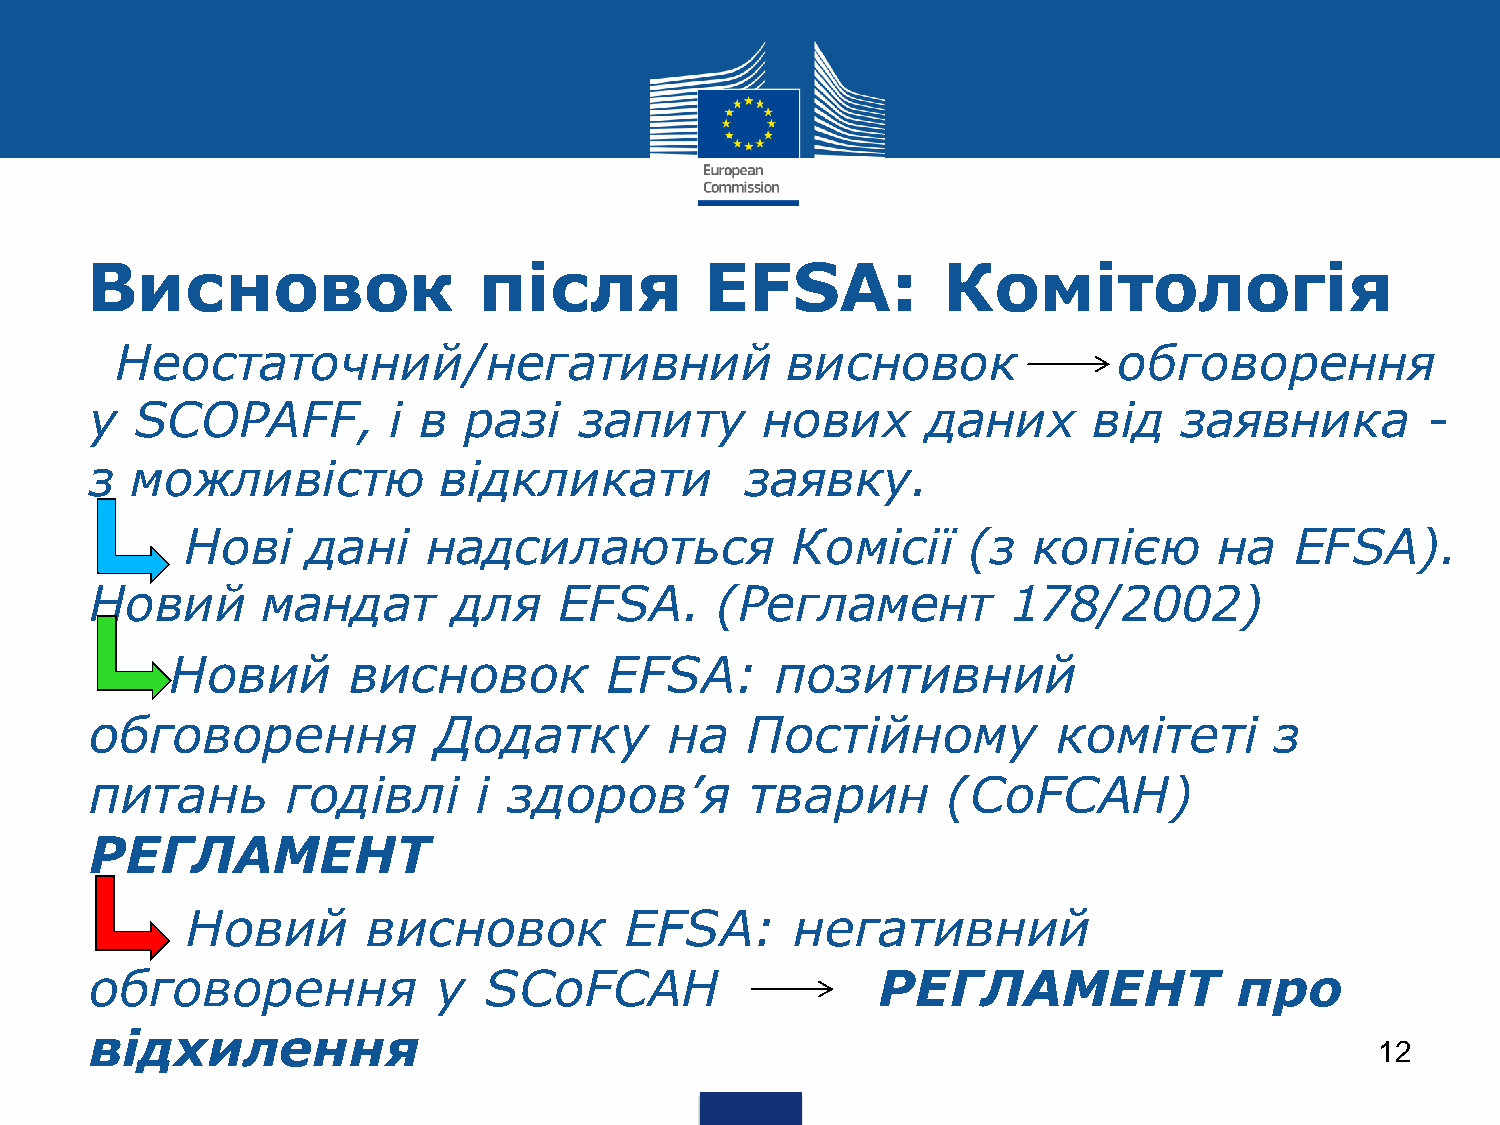
Висновок                  після          EFSA:          Комітологія
 •Неостаточний/негативний                      висновок              обговорення
 у  SCOPAFF,         і в  разі   запиту      нових      даних      від   заявника        -
 з  можливістю          відкликати          заявку.
 •     Нові    дані    надсилаються            Комісії     (з  копією       на   EFSA).
 Новий      мандат       для    EFSA.     (Регламент          178/2002)
 •    Новий       висновок         EFSA:      позитивний
 обговорення            Додатку        на   Постійному           комітеті      з
 питань       годівлі     і  здоров’я        тварин       (CoFCAH)
 РЕГЛАМЕНТ
 •     Новий       висновок         EFSA:      негативний
 обговорення            у  SCoFCAH                   РЕГЛАМЕНТ               про
 відхилення
 12